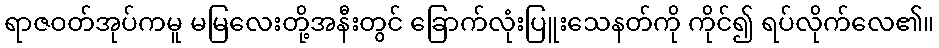
ရာဇဝတ်အုပ်ကမူ မမြလေးတို့အနီးတွင် ခြောက်လုံးပြူးသေနတ်ကို ကိုင်၍ ရပ်လိုက်လေ၏။